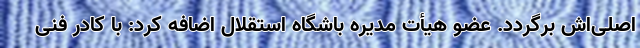
اصلی‌اش برگردد. عضو هیأت مدیره باشگاه استقلال اضافه کرد: با کادر فنی